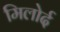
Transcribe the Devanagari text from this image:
मिलोर्द